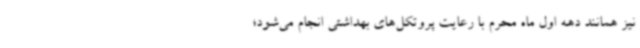
نیز همانند دهه اول ماه محرم با رعایت پروتکل‌های بهداشتی انجام می‌شود؛